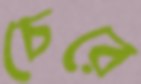
চেরে